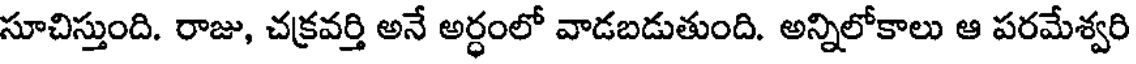
సూచిస్తుంది. రాజు, చక్రవర్తి అనే అర్ధంలో వాడబడుతుంది. అన్నిలోకాలు ఆ పరమేశ్వరి